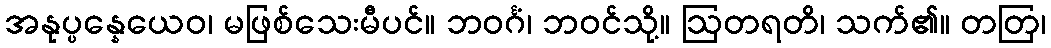
အနုပ္ပန္နေယေဝ၊ မဖြစ်သေးမီပင်။ ဘဝင်္ဂံ၊ ဘဝင်သို့။ ဩတရတိ၊ သက်၏။ တတြ၊